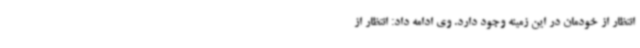
انتظار از خودمان در این زمینه وجود دارد. وی ادامه داد: انتظار از